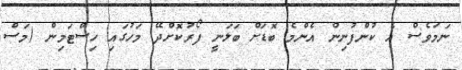
ނަމަވެސް އެ ކުންފުނިން އެންމެ ބޮޑަށް ބަލަނީ ފޯރުކޮށްދޭ މަހުގައި ހިސްޓަމިން (މަސް